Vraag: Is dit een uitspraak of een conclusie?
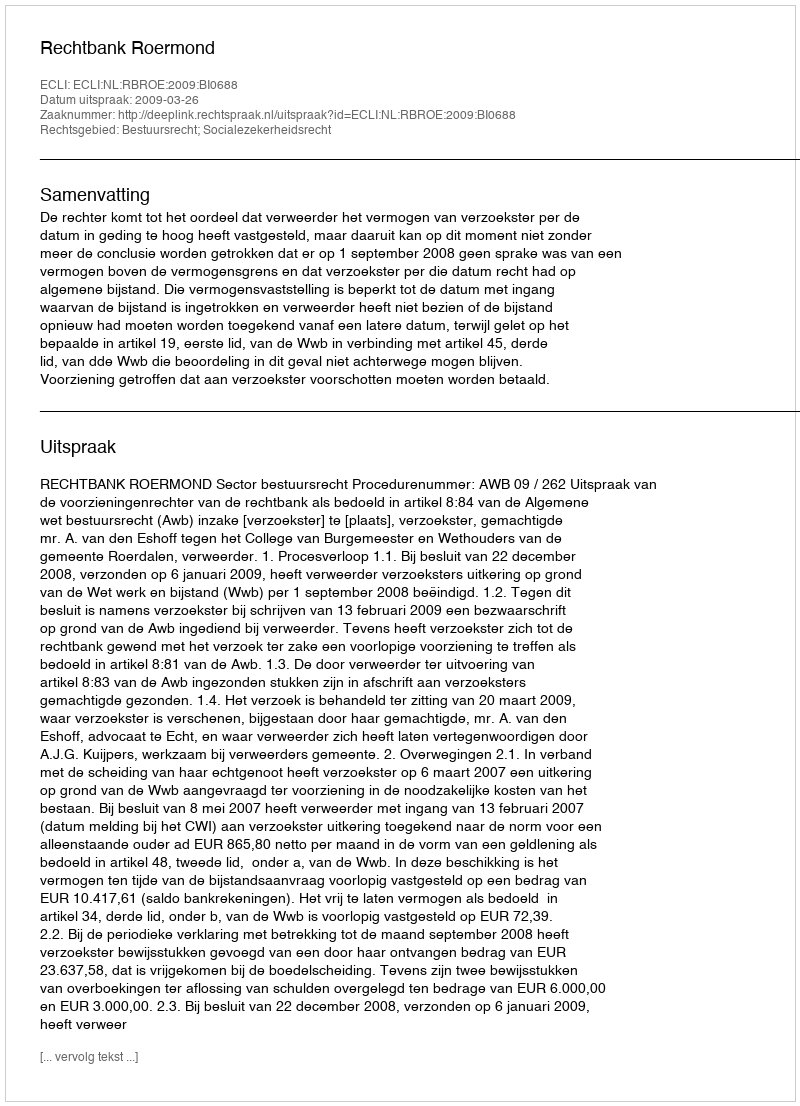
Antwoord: Uitspraak